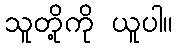
သူတို့ကို ယူပါ။